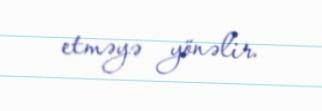
etməyə yönəlir.